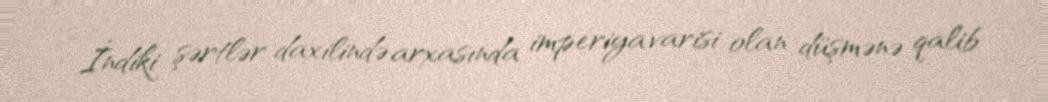
- İndiki şərtlər daxilində arxasında imperiya varisi olan düşmənə qalib